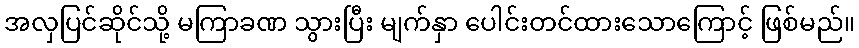
အလှပြင်ဆိုင်သို့ မကြာခဏ သွားပြီး မျက်နှာ ပေါင်းတင်ထားသောကြောင့် ဖြစ်မည်။